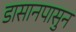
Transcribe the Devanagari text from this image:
डासानपासुन